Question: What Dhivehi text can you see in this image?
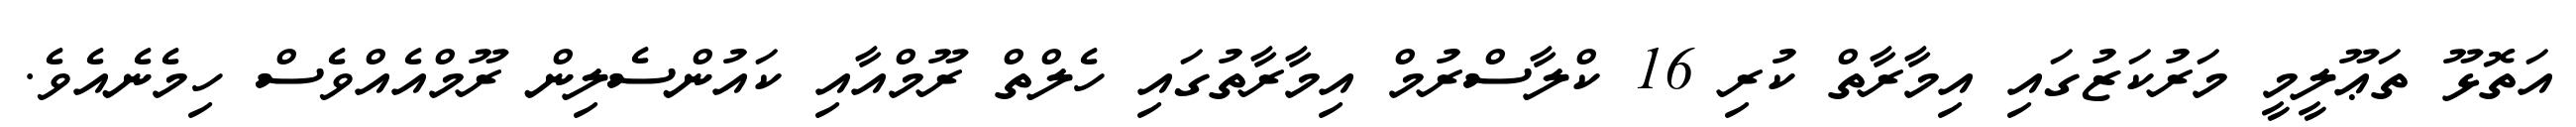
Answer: އަތޮޅޫ ތަޢޫލީމީ މަރުކަޒުގައި އިމާރާތް ކުރި 16 ކްލާސްރުމް އިމާރާތުގައި ހެލްތް ރޫމްއާއި ކައުންސެލިން ރޫމްއެއްވެސް ހިމެނެއެވެ.